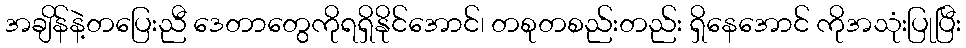
အချိန်နဲ့တပြေးညီ ဒေတာတွေကိုရရှိနိုင်အောင်၊ တစုတစည်းတည်း ရှိနေအောင် ကိုအသုံးပြုပြီး